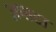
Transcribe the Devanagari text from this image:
ज़पाटा